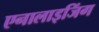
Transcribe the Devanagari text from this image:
एनालाइजिंग